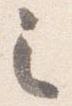
之